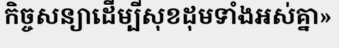
កិច្ចសន្យាដើម្បីសុខដុមទាំងអស់គ្នា»